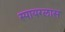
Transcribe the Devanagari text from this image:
स्पायग्लास